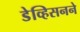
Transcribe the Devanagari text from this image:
डेव्हिसनने